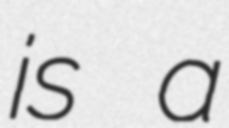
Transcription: is a